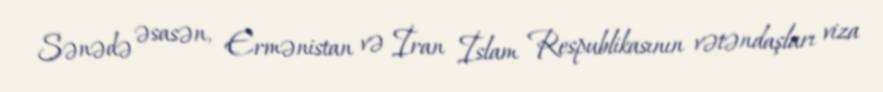
Sənədə əsasən, Ermənistan və İran İslam Respublikasının vətəndaşları viza